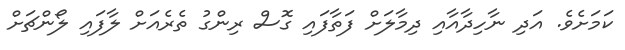
ކަމަށެވެ. އަދި ނާހިދާއާއި ދިމާލަށް ފަތާފައި ގޮސް ރިންގު ތެރެއަށް ލާފައި ލޯންޗަށް